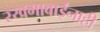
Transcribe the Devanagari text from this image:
रखमाबाईंनाही